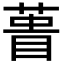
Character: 𮐎